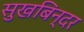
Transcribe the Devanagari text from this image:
सुखबिन्दर